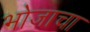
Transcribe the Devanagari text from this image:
भोजाचा